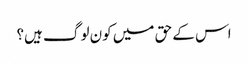
اس کے حق میں کون لوگ ہیں؟